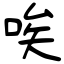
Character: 唉